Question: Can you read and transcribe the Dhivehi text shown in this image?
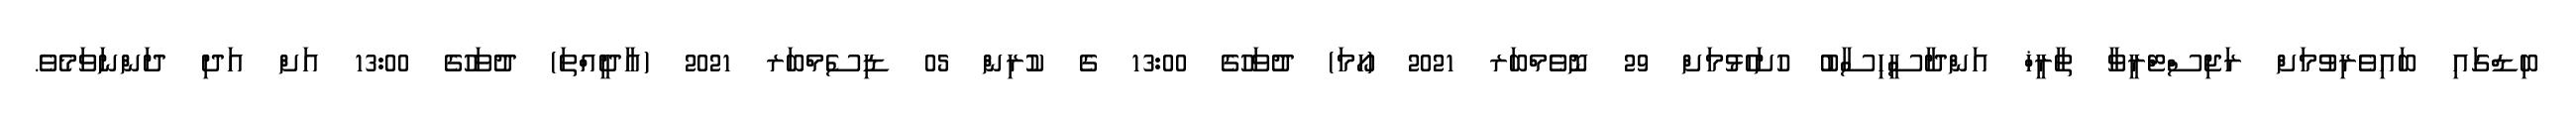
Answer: ބިޑްގައި ބައިވެރިވުމަށް ރަޖިސްޓްރީވާ ތާރީޚް އަންދާސީހިސާބު ހުށަހެޅުމަށް 29 ނޮވެމްބަރ 2021 (ހޯމަ) ދުވަހުގެ 13:00 ގެ ކުރިން 05 ޑިސެމްބަރ 2021 (އާދީއްތަ) ދުވަހުގެ 13:00 އަށް އަދި ދަންނަވަމެވެ.